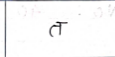
मजकूर: त